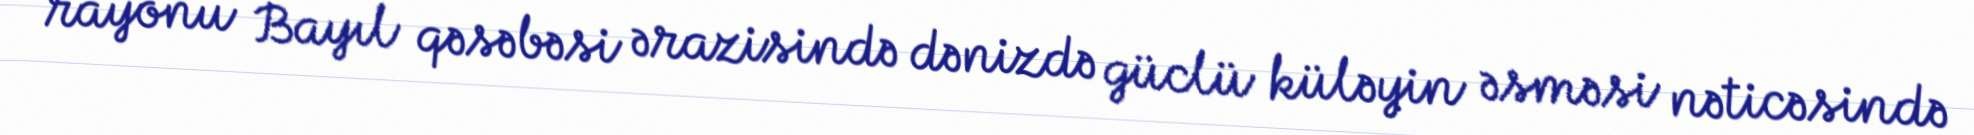
rayonu Bayıl qəsəbəsi ərazisində dənizdə güclü küləyin əsməsi nəticəsində